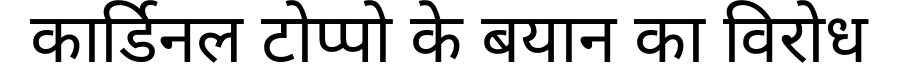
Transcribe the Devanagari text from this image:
कार्डिनल टोप्पो के बयान का विरोध